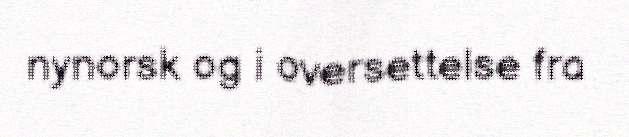
nynorsk og i oversettelse fra